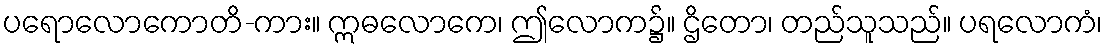
ပရောလောကောတိ-ကား။ ဣဓလောကေ၊ ဤလောက၌။ ဌိတော၊ တည်သူသည်။ ပရလောကံ၊